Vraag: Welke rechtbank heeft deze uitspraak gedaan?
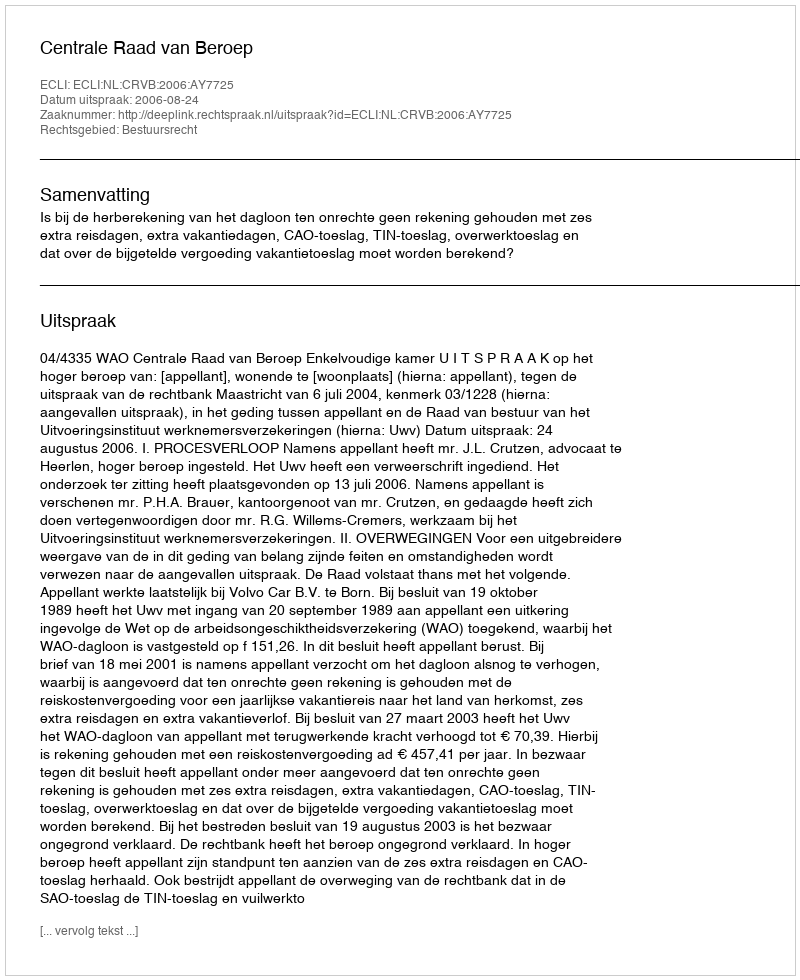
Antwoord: Centrale Raad van Beroep